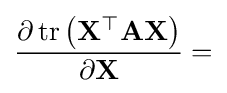
{\frac {\partial \operatorname {tr} \left(\mathbf {X^{\top }AX} \right)}{\partial \mathbf {X} }}=